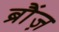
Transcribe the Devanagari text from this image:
ब्रौंज़